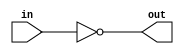
`timescale 1ns / 1ps
// Inverter module
// Copyright (c) 2024 Vossi, www.mos6502.net, part of V6510

`ifndef _inverter
`define _inverter

module inverter(in, out);

input in;
output out;

	not n1 (out, in);

endmodule

`endif